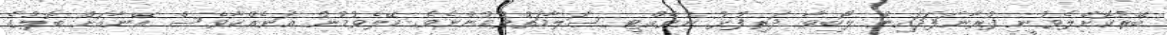
ބޭރުކޮށްލެވުނީ ފުރާނަފަދައިން ލޯބިވާ ދަރިފުޅު ނުވެއްޓި ސަލާމަތްވުމުންނެވެ. ހޭލެވުމުން އަނެއްކާވެސް އޭނާއަށް ބޮލުގެ